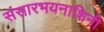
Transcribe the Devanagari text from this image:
संसारभयनाशिनी